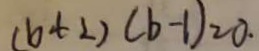
( b + 2 ) ( b - 1 ) = 0 .